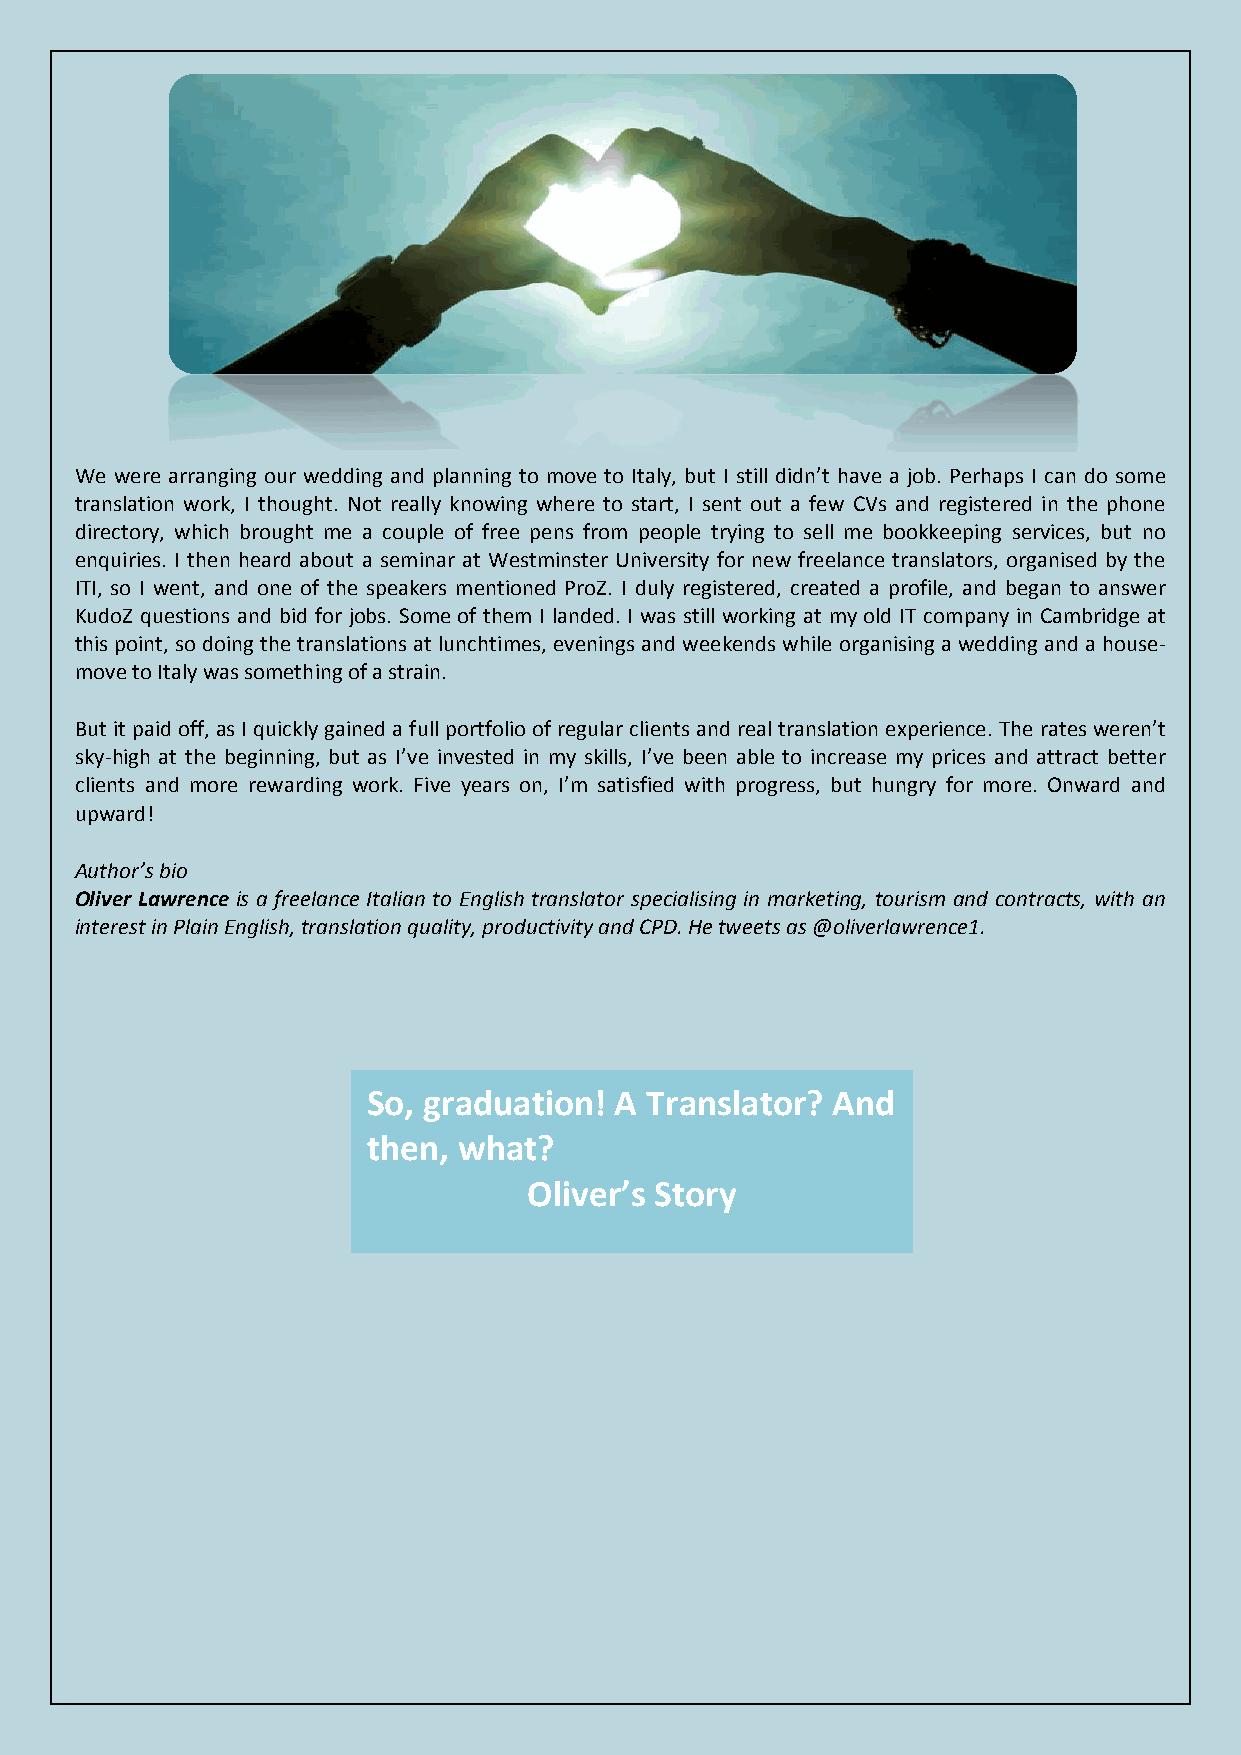
We were arranging our wedding and planning to move to Italy, but I still didn’t have a job. Perhaps I can do some
 translation work, I thought. Not really knowing where to start, I sent out a few CVs and registered in the phone
 directory, which brought me a couple of free pens from people trying to sell me bookkeeping services, but no
 enquiries. I then heard about a seminar at Westminster University for new freelance translators, organised by the
 ITI, so I went, and one of the speakers mentioned ProZ. I duly registered, created a profile, and began to answer
 KudoZ questions and bid for jobs. Some of them I landed. I was still working at my old IT company in Cambridge at
 this point, so doing the translations at lunchtimes, evenings and weekends while organising a wedding and a house-
 move to Italy was something of a strain.
 But it paid off, as I quickly gained a full portfolio of regular clients and real translation experience. The rates weren’t
 sky-high at the beginning, but as I’ve invested in my skills, I’ve been able to increase my prices and attract better
 clients and more rewarding work. Five years on, I’m satisfied with progress, but hungry for more. Onward and
 upward!
 Author’s bio
 Oliver Lawrence is a freelance Italian to English translator specialising in marketing, tourism and contracts, with an
 interest in Plain English, translation quality, productivity and CPD. He tweets as @oliverlawrence1.
 So, graduation!  A Translator? And
 then, what?
 Oliver’s Story